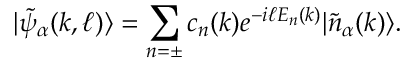
| \widetilde { \psi } _ { \alpha } ( k , \ell ) \rangle = \sum _ { n = \pm } c _ { n } ( k ) e ^ { - i \ell E _ { n } ( k ) } | \widetilde { n } _ { \alpha } ( k ) \rangle .